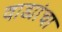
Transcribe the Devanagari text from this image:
वाड्यांचा